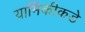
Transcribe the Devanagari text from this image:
यामिकीकडे